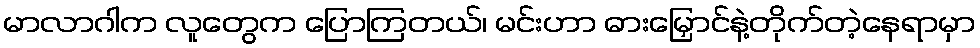
မာလာဂါက လူတွေက ပြောကြတယ်၊ မင်းဟာ ဓားမြှောင်နဲ့တိုက်တဲ့နေရာမှာ